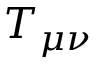
T _ { \mu \nu }